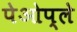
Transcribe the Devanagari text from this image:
पेओप्ले